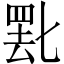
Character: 𬙞